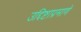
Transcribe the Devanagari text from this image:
उद्दिष्टाप्रमाणे